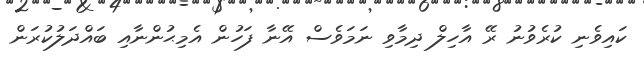
ކައިވެނި ކުރެވުނު ރޭ އާހިލް ދިމާވި ނަމަވެސް އޭނާ ފަހުން އެމިޙުންނާއި ބައްދަލުކުރަން